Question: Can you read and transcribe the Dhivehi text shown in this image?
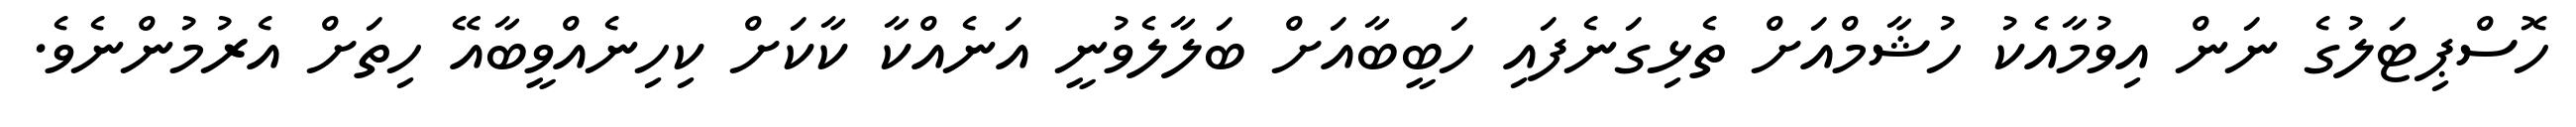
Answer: ހޮސްޕިޓަލުގެ ނަން އިވުމާއެކު ހުޝާމްއަށް ތެޅިގަނެފައި ހަބީބާއަށް ބަލާލެވުނީ އަނެއްކާ ކާކަށް ކިހިނެއްވީބާއޭ ހިތަށް އެރުމުންނެވެ.